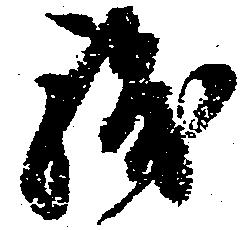
浅